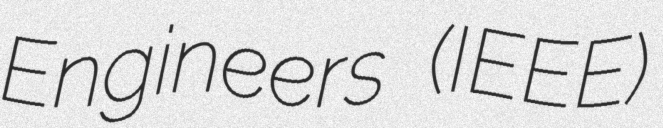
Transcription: Engineers (IEEE)